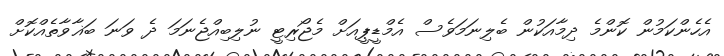
އެހެންކަމުން ކޮންމެ ދިމާއަކުން ބެލިނަމަވެސް އެމްޑީޕީއަށް މެޖޯރިޓީ ނުލިބިއްޖެނަމަ ދެ ވަނަ ބަޣާވާތެއްކޮށް